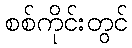
စစ်ကိုင်းတွင်